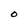
Character: O